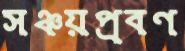
সঞ্চয়প্রবণ